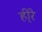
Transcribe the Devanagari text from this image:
ही्रे